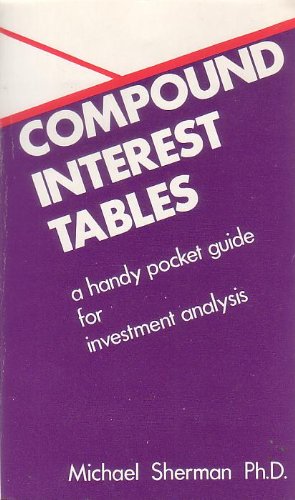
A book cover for Compound Interest Tables; Michael Sherman; Business & Money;